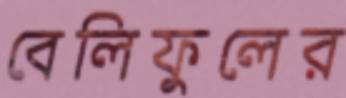
বেলিফুলের